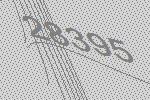
28395